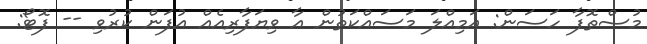
މުސްތޮފާ ހަސަން: އަމިއްލަ މަސައްކަތުން އާ ވިޔަފާރިއެއް އުފަން ކުރުވި -- ފޮޓޯ: